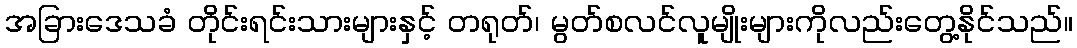
အခြားဒေသခံ တိုင်းရင်းသားများနှင့် တရုတ်၊ မွတ်စလင်လူမျိုးများကိုလည်းတွေ့နိုင်သည်။